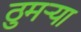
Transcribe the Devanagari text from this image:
ठुमऱ्या